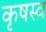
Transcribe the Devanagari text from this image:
कृषस्व